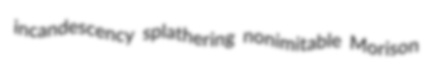
incandescency splathering nonimitable Morison